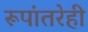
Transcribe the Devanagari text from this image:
रूपांतरेही